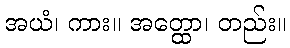
အယံ၊ ကား။ အတ္ထော၊ တည်း။